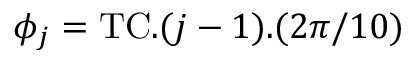
\phi _ { j } = \mathrm { T C } . ( j - 1 ) . ( 2 \pi / 1 0 )